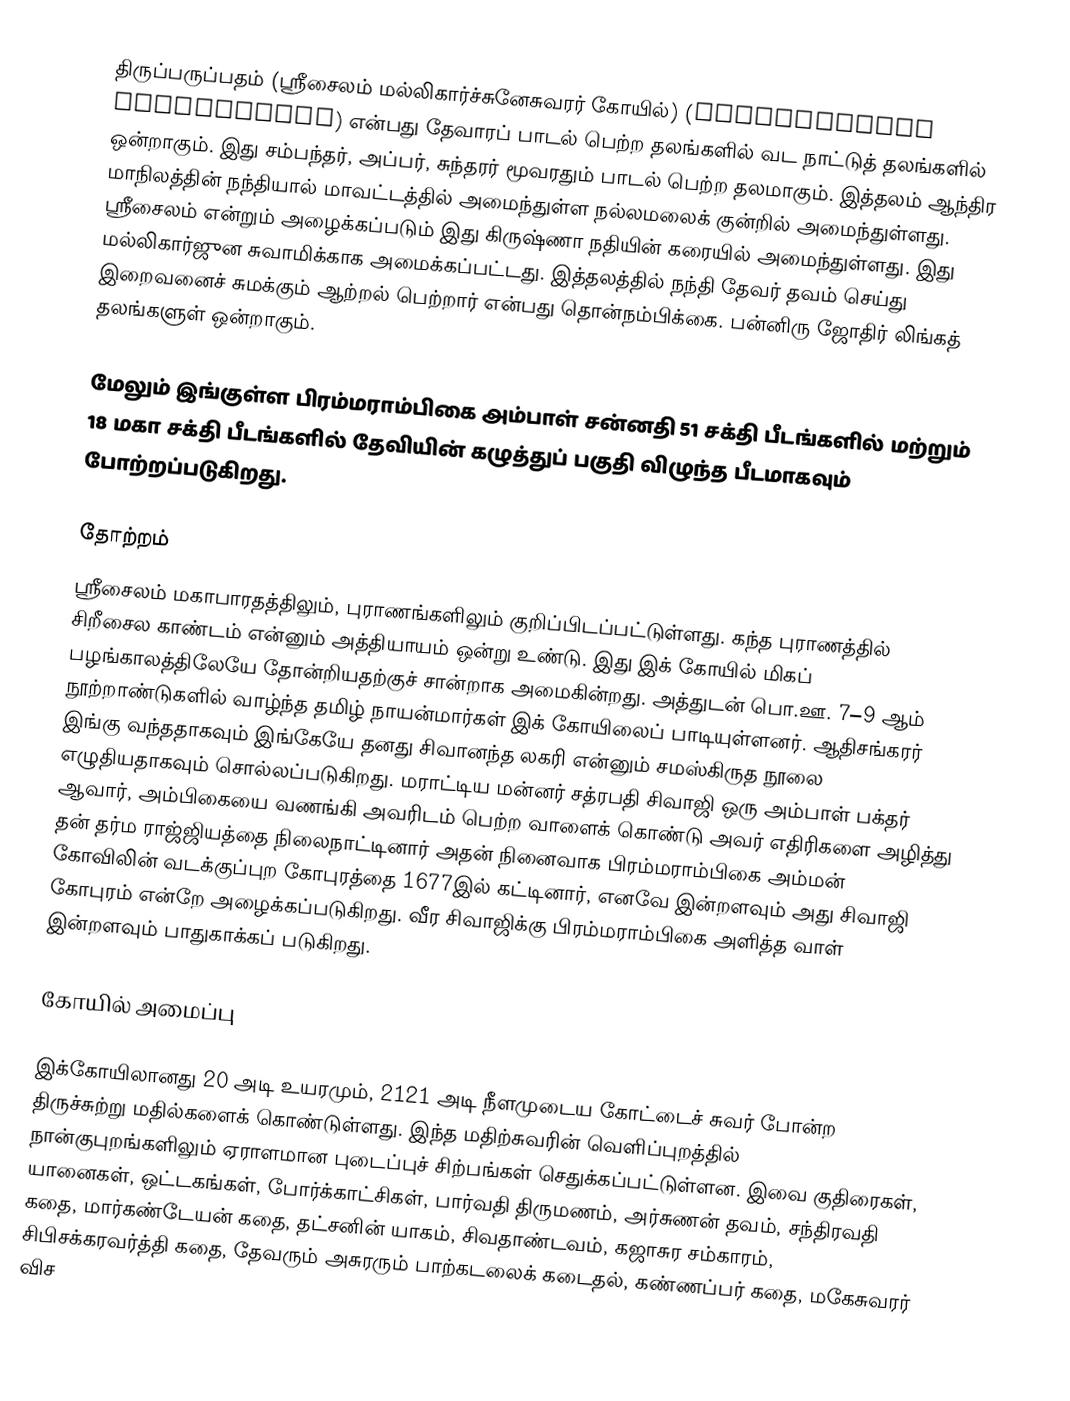
திருப்பருப்பதம் (ஸ்ரீசைலம் மல்லிகார்ச்சுனேசுவரர் கோயில்) (Mallikarjuna Jyotirlinga) என்பது தேவாரப் பாடல் பெற்ற தலங்களில் வட நாட்டுத் தலங்களில் ஒன்றாகும். இது சம்பந்தர், அப்பர், சுந்தரர் மூவரதும் பாடல் பெற்ற தலமாகும். இத்தலம் ஆந்திர மாநிலத்தின் நந்தியால் மாவட்டத்தில் அமைந்துள்ள நல்லமலைக் குன்றில் அமைந்துள்ளது.  ஸ்ரீசைலம் என்றும் அழைக்கப்படும் இது  கிருஷ்ணா நதியின் கரையில் அமைந்துள்ளது. இது மல்லிகார்ஜுன சுவாமிக்காக அமைக்கப்பட்டது. இத்தலத்தில் நந்தி தேவர் தவம் செய்து இறைவனைச் சுமக்கும் ஆற்றல் பெற்றார் என்பது தொன்நம்பிக்கை. பன்னிரு ஜோதிர் லிங்கத் தலங்களுள் ஒன்றாகும்.

மேலும் இங்குள்ள பிரம்மராம்பிகை அம்பாள் சன்னதி 51 சக்தி பீடங்களில் மற்றும் 18 மகா சக்தி பீடங்களில்  தேவியின் கழுத்துப் பகுதி விழுந்த பீடமாகவும் போற்றப்படுகிறது.

தோற்றம்
ஸ்ரீசைலம் மகாபாரதத்திலும், புராணங்களிலும் குறிப்பிடப்பட்டுள்ளது. கந்த புராணத்தில் சிறீசைல காண்டம் என்னும் அத்தியாயம் ஒன்று உண்டு. இது இக் கோயில் மிகப் பழங்காலத்திலேயே தோன்றியதற்குச் சான்றாக அமைகின்றது. அத்துடன் பொ.ஊ. 7–9 ஆம் நூற்றாண்டுகளில் வாழ்ந்த தமிழ் நாயன்மார்கள் இக் கோயிலைப் பாடியுள்ளனர். ஆதிசங்கரர் இங்கு வந்ததாகவும் இங்கேயே தனது சிவானந்த லகரி என்னும் சமஸ்கிருத நூலை எழுதியதாகவும் சொல்லப்படுகிறது. மராட்டிய மன்னர் சத்ரபதி சிவாஜி ஒரு அம்பாள் பக்தர் ஆவார், அம்பிகையை வணங்கி அவரிடம் பெற்ற வாளைக் கொண்டு அவர் எதிரிகளை அழித்து தன் தர்ம ராஜ்ஜியத்தை நிலைநாட்டினார் அதன் நினைவாக பிரம்மராம்பிகை அம்மன் கோவிலின் வடக்குப்புற கோபுரத்தை 1677இல் கட்டினார், எனவே இன்றளவும் அது சிவாஜி கோபுரம் என்றே அழைக்கப்படுகிறது. வீர சிவாஜிக்கு பிரம்மராம்பிகை அளித்த வாள் இன்றளவும் பாதுகாக்கப் படுகிறது.

கோயில் அமைப்பு

இக்கோயிலானது 20 அடி உயரமும், 2121 அடி நீளமுடைய கோட்டைச் சுவர் போன்ற திருச்சுற்று மதில்களைக் கொண்டுள்ளது. இந்த மதிற்சுவரின் வெளிப்புறத்தில் நான்குபுறங்களிலும் ஏராளமான புடைப்புச் சிற்பங்கள் செதுக்கப்பட்டுள்ளன. இவை  குதிரைகள், யானைகள், ஒட்டகங்கள், போர்க்காட்சிகள், பார்வதி திருமணம், அர்சுணன் தவம், சந்திரவதி கதை, மார்கண்டேயன் கதை, தட்சனின் யாகம், சிவதாண்டவம், கஜாசுர சம்காரம், சிபிசக்கரவர்த்தி கதை, தேவரும் அசுரரும் பாற்கடலைக் கடைதல், கண்ணப்பர் கதை, மகேசுவரர் விச